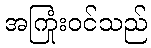
အကြုံးဝင်သည်